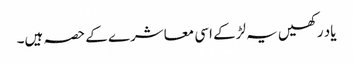
یاد رکھیں یہ لڑکے اسی معاشرے کے حصہ ہیں۔